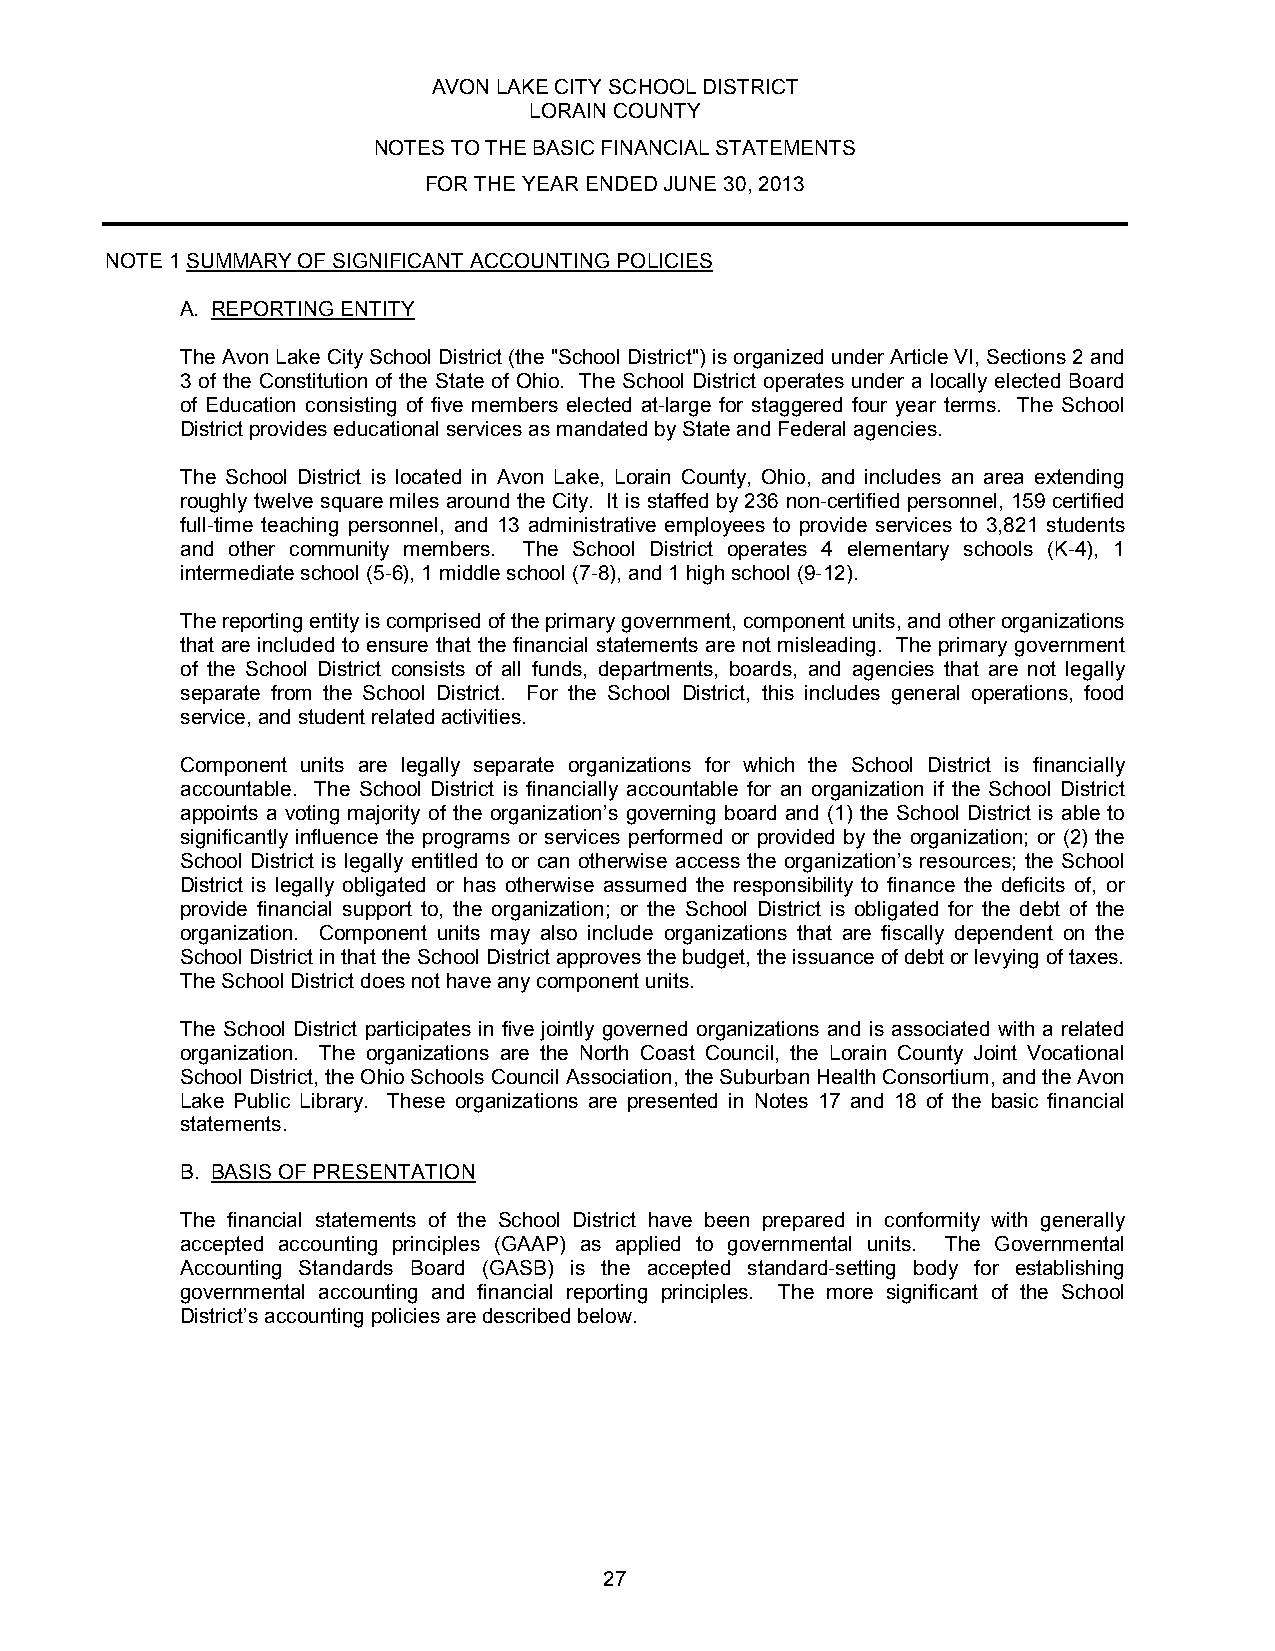
AVON LAKE CITY SCHOOL DISTRICT
 LORAIN COUNTY
 NOTES TO THE BASIC FINANCIAL STATEMENTS
 FOR THE YEAR ENDED JUNE 30, 2013
 NOTE 1 SUMMARY OF SIGNIFICANT ACCOUNTING POLICIES
 A. REPORTING ENTITY
 The Avon Lake City School District (the "School District") is organized under Article VI, Sections 2 and
 3 of the Constitution of the State of Ohio. The School District operates under a locally elected Board
 of Education consisting of five members elected at-large for staggered four year terms. The School
 District provides educational services as mandated by State and Federal agencies.
 The School District is located in Avon Lake, Lorain County, Ohio, and includes an area extending
 roughly twelve square miles around the City. It is staffed by 236 non-certified personnel, 159 certified
 full-time teaching personnel, and 13 administrative employees to provide services to 3,821 students
 and other community members. The School District operates 4 elementary schools (K-4), 1
 intermediate school (5-6), 1 middle school (7-8), and 1 high school (9-12).
 The reporting entity is comprised of the primary government, component units, and other organizations
 that are included to ensure that the financial statements are not misleading. The primary government
 of the School District consists of all funds, departments, boards, and agencies that are not legally
 separate from the School District. For the School District, this includes general operations, food
 service, and student related activities.
 Component units are legally separate organizations for which the School District is financially
 accountable. The School District is financially accountable for an organization if the School District
 appoints a voting majority of the organization’s governing board and (1) the School District is able to
 significantly influence the programs or services performed or provided by the organization; or (2) the
 School District is legally entitled to or can otherwise access the organization’s resources; the School
 District is legally obligated or has otherwise assumed the responsibility to finance the deficits of, or
 provide financial support to, the organization; or the School District is obligated for the debt of the
 organization. Component units may also include organizations that are fiscally dependent on the
 School District in that the School District approves the budget, the issuance of debt or levying of taxes.
 The School District does not have any component units.
 The School District participates in five jointly governed organizations and is associated with a related
 organization. The organizations are the North Coast Council, the Lorain County Joint Vocational
 School District, the Ohio Schools Council Association, the Suburban Health Consortium, and the Avon
 Lake Public Library. These organizations are presented in Notes 17 and 18 of the basic financial
 statements.
 B. BASIS OF PRESENTATION
 The financial statements of the School District have been prepared in conformity with generally
 accepted accounting principles (GAAP) as applied to governmental units. The Governmental
 Accounting Standards Board (GASB) is the accepted standard-setting body for establishing
 governmental accounting and financial reporting principles. The more significant of the School
 District’s accounting policies are described below.
 27